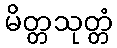
မိတ္တသုတ္တံ